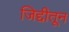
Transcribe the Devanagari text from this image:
जिद्दीतून